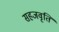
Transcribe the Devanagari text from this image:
सहजवृति